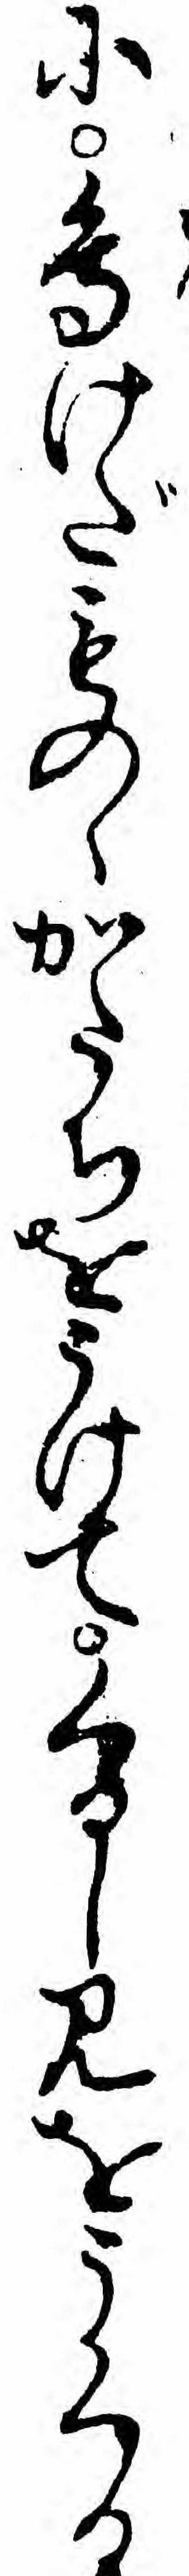
に鳥けだものゝかたちをうけてくるしみをうくる